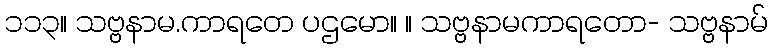
၁၁၃။ သဗ္ဗနာမ.ကာရတေ ပဌမော။ ။ သဗ္ဗနာမကာရတော- သဗ္ဗနာမ်